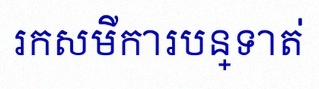
រកសមីការបន្ទាត់